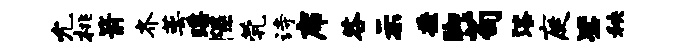
允桃箭齐萼瑶隰茕诗席咎示益脚苟漆庭毖秧